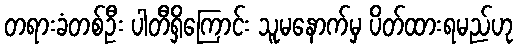
တရားခံတစ်ဦး ပါတီရှိကြောင်း သူမနောက်မှ ပိတ်ထားရမည်ဟု